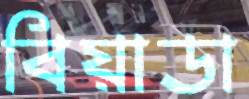
বিয়াডা